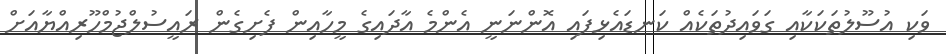
ވަކި އުސޫލުތަކަކާއި ގަވައިދުތަކެއް ކަނޑައެޅިފައި އޮންނަނީ އެންމެ އާދައިގެ މީހާއިން ފެށިގެން ރައީސުލްޖުމްހޫރިއްޔާއަށް